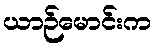
ယာဉ်မောင်းက